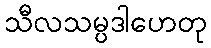
သီလသမ္ပဒါဟေတု